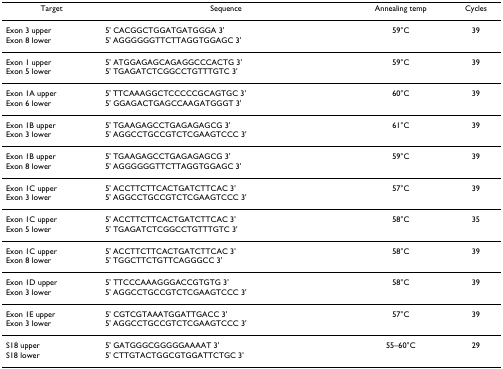
| Target | Sequence | Annealing temp | Cycles |
 | --- | --- | --- | --- |
 | Exon 3 upperExon 8 lower | 5' CACGGCTGGATGATGGGA 3'5' AGGGGGGTTCTTAGGTGGAGC 3' | 59°C | 39 |
 | Exon 1 upperExon 5 lower | 5' ATGGAGAGCAGAGGCCCACTG 3'5' TGAGATCTCGGCCTGTTTGTC 3' | 59°C | 39 |
 | Exon 1A upperExon 6 lower | 5' TTCAAAGGCTCCCCCGCAGTGC 3'5' GGAGACTGAGCCAAGATGGGT 3' | 60°C | 39 |
 | Exon 1B upperExon 3 lower | 5' TGAAGAGCCTGAGAGAGCG 3'5' AGGCCTGCCGTCTCGAAGTCCC 3' | 61°C | 39 |
 | Exon 1B upperExon 8 lower | 5' TGAAGAGCCTGAGAGAGCG 3'5' AGGGGGGTTCTTAGGTGGAGC 3' | 59°C | 39 |
 | Exon 1C upperExon 3 lower | 5' ACCTTCTTCACTGATCTTCAC 3'5' AGGCCTGCCGTCTCGAAGTCCC 3' | 57°C | 39 |
 | Exon 1C upperExon 5 lower | 5' ACCTTCTTCACTGATCTTCAC 3'5' TGAGATCTCGGCCTGTTTGTC 3' | 58°C | 35 |
 | Exon 1C upperExon 8 lower | 5' ACCTTCTTCACTGATCTTCAC 3'5' TGGCTTCTGTTCAGGGCC 3' | 58°C | 39 |
 | Exon 1D upperExon 3 lower | 5' TTCCCAAAGGGACCGTGTG 3'5' AGGCCTGCCGTCTCGAAGTCCC 3' | 58°C | 39 |
 | Exon 1E upperExon 3 lower | 5' CGTCGTAAATGGATTGACC 3'5' AGGCCTGCCGTCTCGAAGTCCC 3' | 57°C | 39 |
 | S18 upperS18 lower | 5' GATGGGCGGGGGAAAAT 3'5' CTTGTACTGGCGTGGATTCTGC 3' | 55–60°C | 29 |